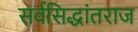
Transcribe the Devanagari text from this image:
सर्वसिद्धांतराज